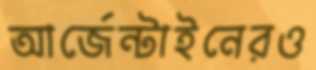
আর্জেন্টাইনেরও